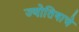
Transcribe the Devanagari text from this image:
ज्योतिषाचे